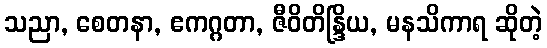
သညာ, စေတနာ, ဧကဂ္ဂတာ, ဇီဝိတိန္ဒြိယ, မနသိကာရ ဆိုတဲ့